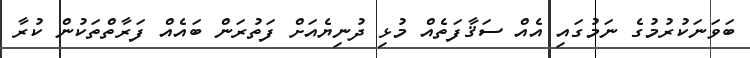
ބަވަނަކުރުމުގެ ނަމުގައި އެއް ސަޤާފަތެއް މުޅި ދުނިޔެއަށް ފަތުރަން ބައެއް ފަރާތްތަކުން ކުރާ